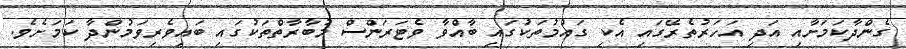
ގެންދާކަމަށާއި އަދި އަހަރުތެރޭގައި އެކި ގައުމުތަކުގައި ބާއްވާ ވެޓަރަންސް މުބާރާތްތަކުގައި ބައިވެރިވަމުންދާ ކަމަށެވެ.